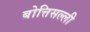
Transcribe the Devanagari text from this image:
बोत्तिसल्ली